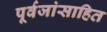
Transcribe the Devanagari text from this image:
पूर्वजांसाहित